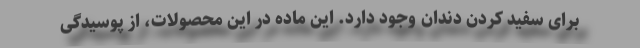
برای سفید کردن دندان وجود دارد. این ماده در این محصولات، از پوسیدگی